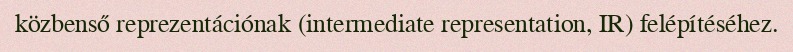
közbenső reprezentációnak (intermediate representation, IR) felépítéséhez.